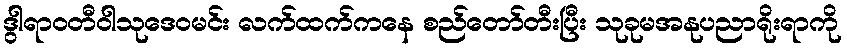
ဒွါရာဝတီဝါသုဒေဝမင်း လက်ထက်ကနေ စည်တော်တီးပြီး သုခုမအနုပညာရိုးရာကို